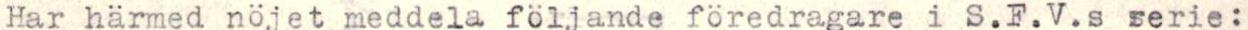
Har härmed nöjet meddela följande föredragare i S.F.V.s serie: